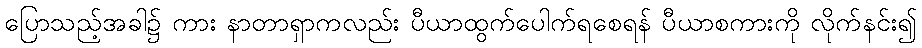
ပြောသည့်အခါ၌ ကား နာတာရှာကလည်း ပီယာထွက်ပေါက်ရစေရန် ပီယာစကားကို လိုက်နင်း၍